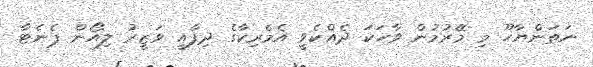
ނަތަންޔާހޫ މި މޭރުމުން ވާހަކަ ދެއްކެވީ އެމެރިކާގެ ދިފާއީ ވަޒީރު ލިއޯން ޕެނެޓާ